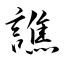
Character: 譙